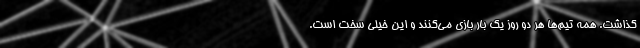
گذاشت. همه تیم‌ها هر دو روز یک بار بازی می‌کنند و این خیلی سخت است.